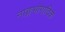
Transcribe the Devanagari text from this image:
नाङ्गभोगादिकं